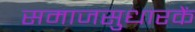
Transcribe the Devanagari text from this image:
समाजसुधारकें